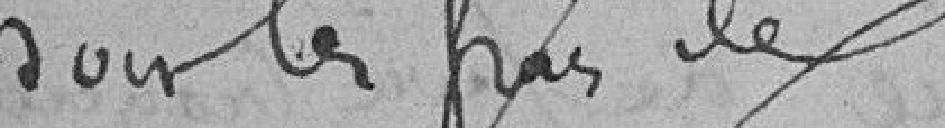
pour les frais des